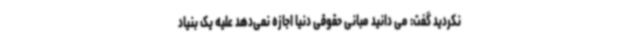
نکردید گفت: می دانید مبانی حقوقی دنیا اجازه نمی‌دهد علیه یک بنیاد